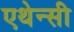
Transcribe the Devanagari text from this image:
एथेन्सी